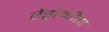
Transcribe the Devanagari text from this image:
ऐंड्रोमीडा